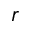
r